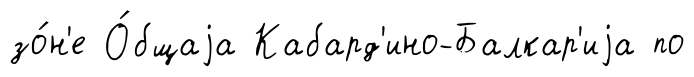
зо́н'е О́бщаjа Кабард'ино-Балкар'иjа по